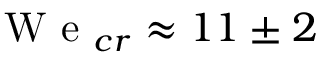
\mathrm { ~ W ~ e ~ } _ { c r } \approx 1 1 \pm 2